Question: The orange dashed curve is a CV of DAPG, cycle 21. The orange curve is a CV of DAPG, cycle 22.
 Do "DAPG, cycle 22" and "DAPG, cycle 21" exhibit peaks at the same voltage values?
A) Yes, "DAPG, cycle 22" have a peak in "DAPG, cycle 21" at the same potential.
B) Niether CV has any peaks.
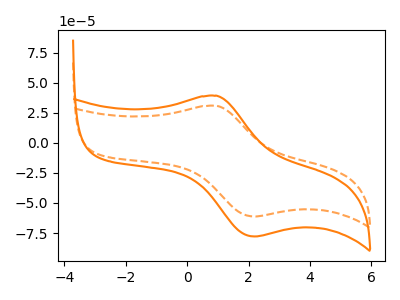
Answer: <think>The orange dashed curve "DAPG, cycle 21" has an anodic peak at (0.95V, 30.80uA) and a cathodic peak at (2.20V, -61.20uA). The orange curve "DAPG, cycle 22" has an anodic peak at (0.95V, 39.15uA) and a cathodic peak at (2.20V, -77.85uA).</think>
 <answer>A) Yes, "DAPG, cycle 22" have a peak in "DAPG, cycle 21" at the same potential.</answer>
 <eval>A</eval>